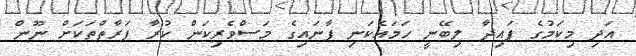
އަދި މިކަމުގެ ފައިދާ ލިބޭނީ ހަމައެކަނި ފާނައިގެ މަސްވެރިކަން ކުރާ ފަރާތްތަކަށް ނޫން